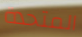
المتحدة